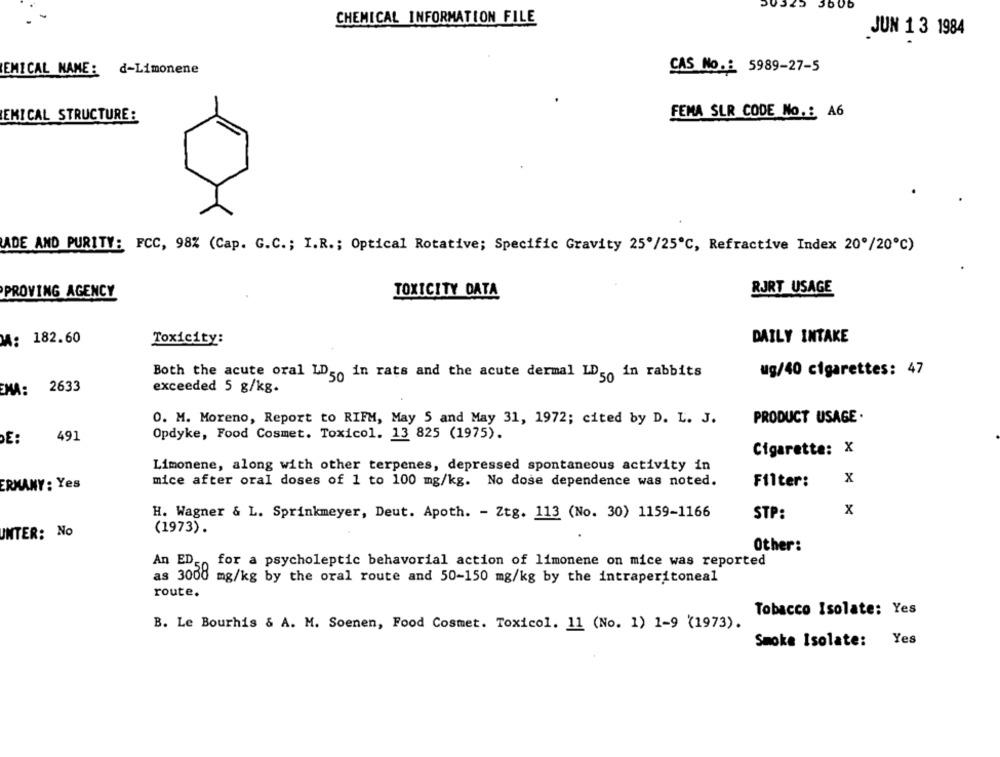
1325
3606
CHEMICAL INFORMATION FILE
JUN 1 3 1984
CAS No .: 5989-27-5
EMICAL NAME: d-Limonene
FEMA SLR CODE No .: A6
EMICAL STRUCTURE:
ADE AND PURITY: FCC, 98% (Cap. G.C .; I.R .; Optical Rotative; Specific Gravity 25'/25℃, Refractive Index 20º/20℃)
PROVING AGENCY
TOXICITY DATA
RJRT USAGE
: 182.60
Toxicity:
DAILY INTAKE
ug/40 cigarettes: 47
Both the acute oral LDg. in rats and the acute dermal LD ,, in rabbits
EMA:
2633
exceeded 5 g/kg.
O. M. Moreno, Report to RIFM, May 5 and May 31, 1972; cited by D. L. J.
PRODUCT USAGE .
491
Opdyke, Food Cosmet. Toxicol. 13 825 (1975).
DE:
Cigarette: X
Limonene, along with other terpenes, depressed spontaneous activity in
mice after oral doses of 1 to 100 mg/kg. No dose dependence was noted.
Filter:
x
ERMANY: Yes
H. Wagner & L. Sprinkmeyer, Deut. Apoth. - Ztg. 113 (No. 30) 1159-1166
STP:
x
(1973).
UNTER: No
Other:
An ED5
for a psycholeptic behavorial action of limonene on mice was reported
as 3000 mg/kg by the oral route and 50-150 mg/kg by the intraperitoneal
route.
Tobacco Isolate: Yes
B. Le Bourhis & A. M. Soenen, Food Cosmet. Toxicol. 11 (No. 1) 1-9 (1973).
Smoke Isolate:
Yes